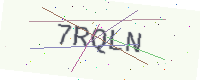
Text: 7RQLN